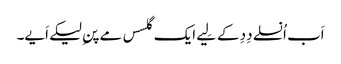
اَب اُنسلے دِدِ کے لِیے ایک گلسس مے پنِ لیکے اَیے۔